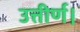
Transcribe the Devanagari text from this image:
उत्तीर्ण।